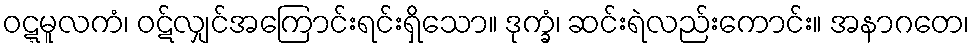
ဝဋ္ဋမူလကံ၊ ဝဋ်လျှင်အကြောင်းရင်းရှိသော။ ဒုက္ခံ၊ ဆင်းရဲလည်းကောင်း။ အနာဂတေ၊